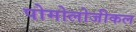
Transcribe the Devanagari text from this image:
पोमोलोजीकल